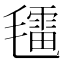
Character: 𣰑